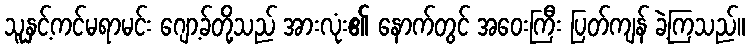
သူနှင့်ကင်မရာမင်း ဂျော့ခ်တို့သည် အားလုံး၏ နောက်တွင် အဝေးကြီး ပြတ်ကျန် ခဲ့ကြသည်။